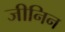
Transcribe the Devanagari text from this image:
जीनिन